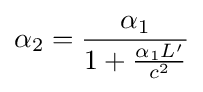
\alpha _{2}={\frac {\alpha _{1}}{1+{\frac {\alpha _{1}L'}{c^{2}}}}}